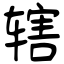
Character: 辖